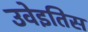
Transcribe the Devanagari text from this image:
उवेइतिस